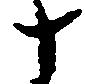
十